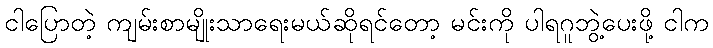
ငါပြောတဲ့ ကျမ်းစာမျိုးသာရေးမယ်ဆိုရင်တော့ မင်းကို ပါရဂူဘွဲ့ပေးဖို့ ငါက